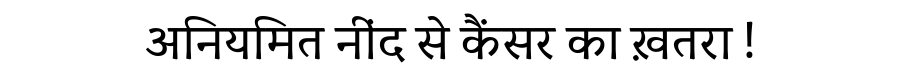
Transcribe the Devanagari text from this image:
अनियमित नींद से कैंसर का ख़तरा !